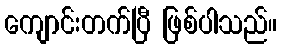
ကျောင်းတက်ပြီ ဖြစ်ပါသည်။